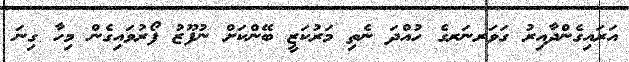
އަރައިގެންދާއިރު ގަވަރނަރގެ ހުއްދަ ނެތި މަރުކަޒީ ބޭންކަށް ނުފޫޒު ފޯރުވައިގެން މިހާ ގިނަ